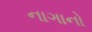
નાગાનો